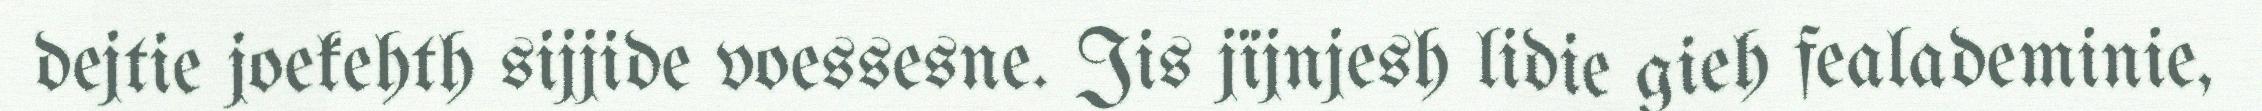
dejtie joekehth sijjide voessesne. Jis jïjnjesh lidie gieh fealademinie,